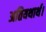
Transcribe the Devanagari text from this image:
अतियथार्थ।